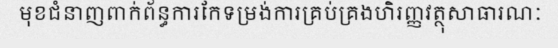
មុខជំនាញពាក់ព័ន្ធការកែទម្រង់ការគ្រប់គ្រងហិរញ្ញវត្ថុសាធារណៈ